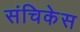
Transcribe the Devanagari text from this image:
संचिकेस